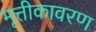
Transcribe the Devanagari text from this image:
मृत्तीकावरण